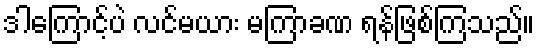
ဒါကြောင့်ပဲ လင်မယား မကြာခဏ ရန်ဖြစ်ကြသည်။